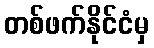
တစ်ဖက်နိုင်ငံမှ